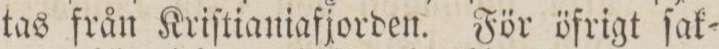
tas från Kriſtianiafjorden. För öfrigt ſak=